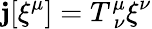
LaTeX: \mathbf{j}[\xi^{\mu}]=T_{\: \nu}^{\mu}\xi^{\nu}